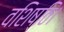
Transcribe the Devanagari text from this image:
वशिष्ठि।